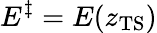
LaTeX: E^{\ddagger}=E(z_{\mathrm{TS}})